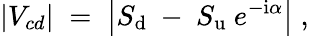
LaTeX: |V_{cd}|\; =\; \left|S_{\mathrm{d}}~-~S_{\mathrm{u}}~e^{-\mathrm{i}\alpha}\right|\; ,